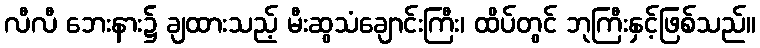
လီလီ ဘေးနား၌ ချထားသည့် မီးဆွသံချောင်းကြီး၊ ထိပ်တွင် ဘုကြီးနှင့်ဖြစ်သည်။